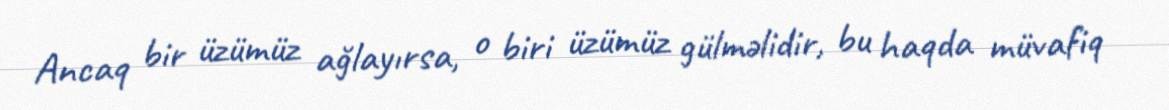
Ancaq bir üzümüz ağlayırsa, o biri üzümüz gülməlidir, bu haqda müvafiq